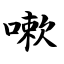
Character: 嗽